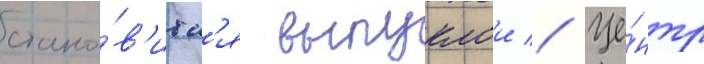
стано́в'итс'я выпуклои // Це́нтр